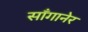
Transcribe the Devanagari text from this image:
साँगानेर